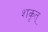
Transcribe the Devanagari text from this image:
शकृत्